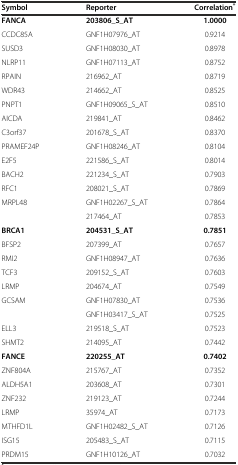
| Symbol | Reporter | Correlation* |
 | --- | --- | --- |
 | FANCA | 203806_S_AT | 1.0000 |
 | CCDC85A | GNF1H07976_AT | 0.9214 |
 | SUSD3 | GNF1H08030_AT | 0.8978 |
 | NLRP11 | GNF1H07113_AT | 0.8752 |
 | RPAIN | 216962_AT | 0.8719 |
 | WDR43 | 214662_AT | 0.8525 |
 | PNPT1 | GNF1H09065_S_AT | 0.8510 |
 | AICDA | 219841_AT | 0.8462 |
 | C3orf37 | 201678_S_AT | 0.8370 |
 | PRAMEF24P | GNF1H08246_AT | 0.8104 |
 | E2F5 | 221586_S_AT | 0.8014 |
 | BACH2 | 221234_S_AT | 0.7903 |
 | RFC1 | 208021_S_AT | 0.7869 |
 | MRPL48 | GNF1H02267_S_AT | 0.7864 |
 |  | 217464_AT | 0.7853 |
 | BRCA1 | 204531_S_AT | 0.7851 |
 | BFSP2 | 207399_AT | 0.7657 |
 | RMI2 | GNF1H08947_AT | 0.7636 |
 | TCF3 | 209152_S_AT | 0.7603 |
 | LRMP | 204674_AT | 0.7549 |
 | GCSAM | GNF1H07830_AT | 0.7536 |
 |  | GNF1H03417_S_AT | 0.7525 |
 | ELL3 | 219518_S_AT | 0.7523 |
 | SHMT2 | 214095_AT | 0.7442 |
 | FANCE | 220255_AT | 0.7402 |
 | ZNF804A | 215767_AT | 0.7352 |
 | ALDH5A1 | 203608_AT | 0.7301 |
 | ZNF232 | 219123_AT | 0.7244 |
 | LRMP | 35974_AT | 0.7173 |
 | MTHFD1L | GNF1H02482_S_AT | 0.7126 |
 | ISG15 | 205483_S_AT | 0.7115 |
 | PRDM15 | GNF1H10126_AT | 0.7032 |